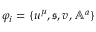
\varphi _ { i } = \{ u ^ { \mu } , \mathfrak { s } , v , \mathbb { A } ^ { a } \}